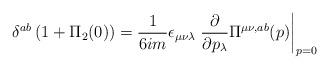
LaTeX: \begin{align*}\delta^{ab}\,(1+\Pi_{2}(0)) = {1\over6im}\epsilon_{\mu\nu\lambda}\left.{\partial\over \partial p_{\lambda}}\Pi^{\mu\nu,ab}(p)\right|_{p=0}\end{align*}